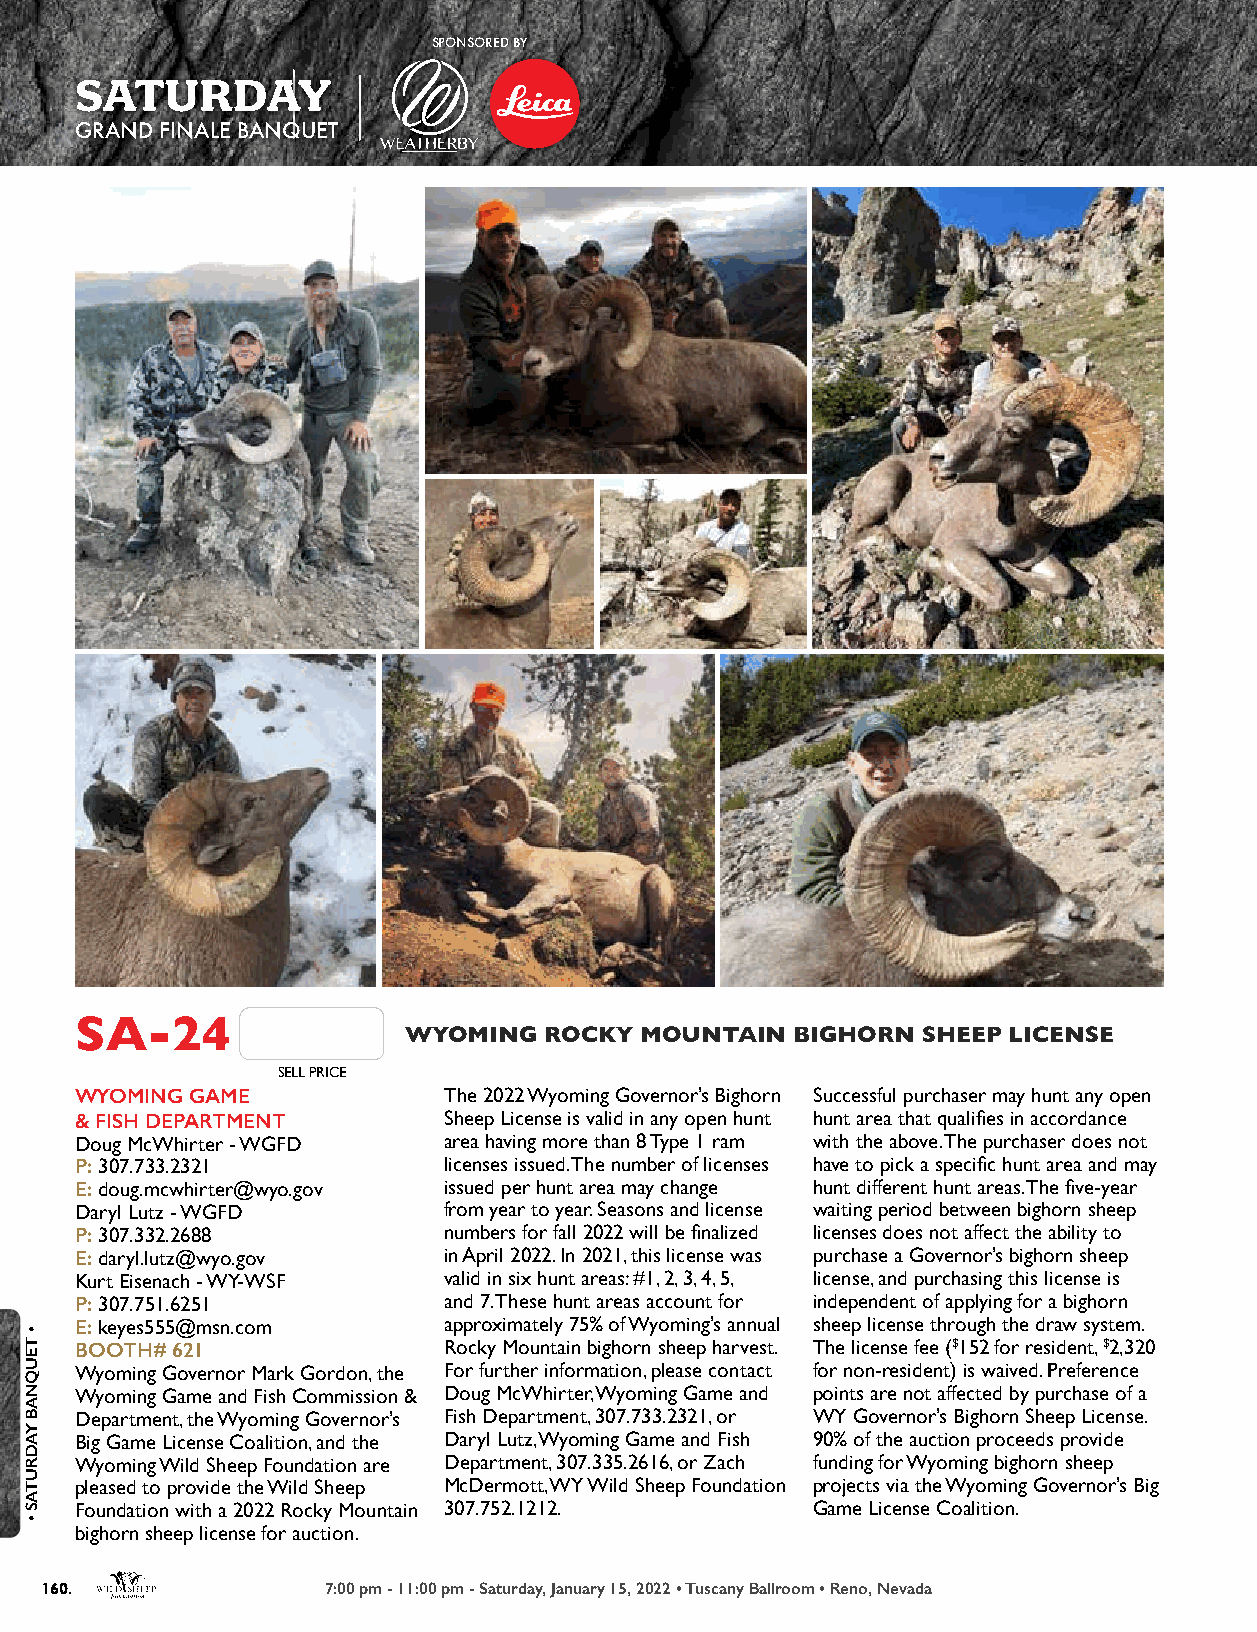
SPONSORED BY
 SATURDAY
 GRAND FINALE BANQUET
 SA-24
 WYOMING  ROCKY MOUNTAIN   BIGHORN SHEEP LICENSE
 SELL PRICE
 WYOMING GAME            The 2022 Wyoming Governor’s Bighorn Successful purchaser may hunt any open
 & FISH DEPARTMENT       Sheep License is valid in any open hunt hunt area that qualifies in accordance
 Doug McWhirter - WGFD   area having more than 8 Type 1 ram with the above. The purchaser does not
 P: 307.733.2321         licenses issued. The number of licenses have to pick a specific hunt area and may
 E: doug.mcwhirter@wyo.gov issued per hunt area may change hunt different hunt areas. The five-year
 Daryl Lutz - WGFD       from year to year. Seasons and license waiting period between bighorn sheep
 P: 307.332.2688         numbers for fall 2022 will be finalized licenses does not affect the ability to
 E: daryl.lutz@wyo.gov   in April 2022. In 2021, this license was purchase a Governor’s bighorn sheep
 Kurt Eisenach - WY-WSF  valid in six hunt areas: #1, 2, 3, 4, 5, license, and purchasing this license is
 P: 307.751.6251         and 7. These hunt areas account for independent of applying for a bighorn
 E: keyes555@msn.com     approximately 75% of Wyoming’s annual sheep license through the draw system.
 BOOTH# 621              Rocky Mountain bighorn sheep harvest. The license fee ($152 for resident, $2,320
 Wyoming Governor Mark Gordon, the For further information, please contact for non-resident) is waived. Preference
 Wyoming Game and Fish Commission & Doug McWhirter, Wyoming Game and points are not affected by purchase of a
 Department, the Wyoming Governor’s Fish Department, 307.733.2321, or WY Governor’s Bighorn Sheep License.
 Big Game License Coalition, and the Daryl Lutz, Wyoming Game and Fish 90% of the auction proceeds provide
 Wyoming Wild Sheep Foundation are Department, 307.335.2616, or Zach funding for Wyoming bighorn sheep
 pleased to provide the Wild Sheep McDermott, WY Wild Sheep Foundation projects via the Wyoming Governor’s Big
 Foundation with a 2022 Rocky Mountain 307.752.1212. Game License Coalition.
 bighorn sheep license for auction.
 160.              7:00 pm - 11:00 pm - Saturday, January 15, 2022 • Tuscany Ballroom • Reno, Nevada
 •
 TEUQNAB
 YADRUTAS
 •